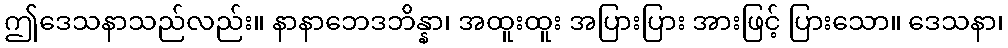
ဤဒေသနာသည်လည်း။ နာနာဘေဒဘိန္နာ၊ အထူးထူး အပြားပြား အားဖြင့် ပြားသော။ ဒေသနာ၊